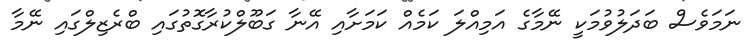
ނަމަވެސް ބަދަލުވުމަކީ ނޭމާގެ އަމިއްލަ ކަމެއް ކަމަށާއި އޭނާ ގަބޫލްކުރާގޮތުގައި ބްރެޒިލްގައި ނޭމާ